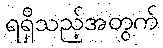
ရရှိသည့်အတွက်